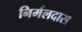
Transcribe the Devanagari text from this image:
निर्मलदास